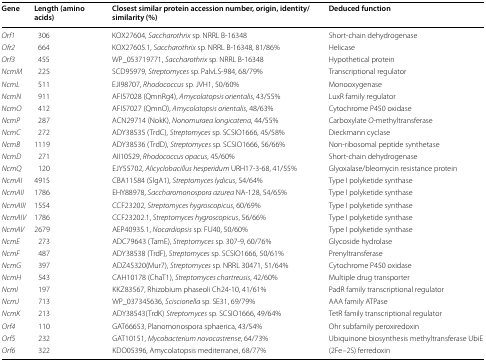
<table><thead><tr><td><b>Gene</b></td><td><b>Length (amino acids)</b></td><td><b>Closest similar protein accession number, origin, identity/similarity (%)</b></td><td><b>Deduced function</b></td></tr></thead><tbody><tr><td><i>Orf1</i></td><td>306</td><td>KOX27604, <i>Saccharothrix</i> sp. NRRL B-16348</td><td>Short-chain dehydrogenase</td></tr><tr><td><i>Ofr2</i></td><td>664</td><td>KOX27605.1, <i>Saccharothrix</i> sp. NRRL B-16348, 81/86%</td><td>Helicase</td></tr><tr><td><i>Orf3</i></td><td>455</td><td>WP_053719771, <i>Saccharothrix</i> sp. NRRL B-16348</td><td>Hypothetical protein</td></tr><tr><td><i>NcmM</i></td><td>225</td><td>SCD95979, <i>Streptomyces</i> sp. PalvLS-984, 68/79%</td><td>Transcriptional regulator</td></tr><tr><td><i>NcmL</i></td><td>511</td><td>EJI98707, <i>Rhodococcus</i> sp. JVH1, 50/60%</td><td>Monooxygenase</td></tr><tr><td><i>NcmN</i></td><td>911</td><td>AFI57028 (QmnRg4), <i>Amycolatopsis orientalis</i>, 43/55%</td><td>LuxR family regulator</td></tr><tr><td><i>NcmO</i></td><td>412</td><td>AFI57027 (QmnO), <i>Amycolatopsis orientalis</i>, 48/63%</td><td>Cytochrome P450 oxidase</td></tr><tr><td><i>NcmP</i></td><td>287</td><td>ACN29714 (NokK), <i>Nonomuraea longicatena</i>, 44/55%</td><td>Carboxylate <i>O</i>-methyltransferase</td></tr><tr><td><i>NcmC</i></td><td>272</td><td>ADY38535 (TrdC), <i>Streptomyces</i> sp. SCSIO1666, 45/58%</td><td>Dieckmann cyclase</td></tr><tr><td><i>NcmB</i></td><td>1119</td><td>ADY38536 (TrdD), <i>Streptomyces</i> sp. SCSIO1666, 56/66%</td><td>Non-ribosomal peptide synthetase</td></tr><tr><td><i>NcmD</i></td><td>271</td><td>AII10529, <i>Rhodococcus opacus</i>, 45/60%</td><td>Short-chain dehydrogenase</td></tr><tr><td><i>NcmQ</i></td><td>120</td><td>EJY55702, <i>Alicyclobacillus hesperidum</i> URH17-3-68, 41/55%</td><td>Glyoxalase/bleomycin resistance protein</td></tr><tr><td><i>NcmAI</i></td><td>4915</td><td>CBA11584 (SlgA1), <i>Streptomyces lydicus</i>, 54/64%</td><td>Type I polyketide synthase</td></tr><tr><td><i>NcmAII</i></td><td>1786</td><td>EHY88978, <i>Saccharomonospora azurea</i> NA-128, 54/65%</td><td>Type I polyketide synthase</td></tr><tr><td><i>NcmAIII</i></td><td>1554</td><td>CCF23202, <i>Streptomyces hygroscopicus</i>, 60/69%</td><td>Type I polyketide synthase</td></tr><tr><td><i>NcmAIV</i></td><td>1786</td><td>CCF23202.1, <i>Streptomyces hygroscopicus</i>, 56/66%</td><td>Type I polyketide synthase</td></tr><tr><td><i>NcmAV</i></td><td>2679</td><td>AEP40935.1, <i>Nocardiopsis</i> sp. FU40, 50/60%</td><td>Type I polyketide synthase</td></tr><tr><td><i>NcmE</i></td><td>273</td><td>ADC79643 (TamE), <i>Streptomyces</i> sp. 307-9, 60/76%</td><td>Glycoside hydrolase</td></tr><tr><td><i>NcmF</i></td><td>487</td><td>ADY38538 (TrdF), <i>Streptomyces</i> sp. SCSIO1666, 50/61%</td><td>Prenyltransferase</td></tr><tr><td><i>NcmG</i></td><td>397</td><td>ADZ45320(Mur7), <i>Streptomyces</i> sp. NRRL 30471, 51/64%</td><td>Cytochrome P450 oxidase</td></tr><tr><td><i>NcmH</i></td><td>543</td><td>CAH10178 (ChaT1), <i>Streptomyces chartreusis</i>, 42/60%</td><td>Multiple drug transporter</td></tr><tr><td><i>NcmI</i></td><td>197</td><td>KKZ83567, Rhizobium phaseoli Ch24-10, 41/61%</td><td>PadR family transcriptional regulator</td></tr><tr><td><i>NcmJ</i></td><td>713</td><td>WP_037345636, <i>Sciscionella</i> sp. SE31, 69/79%</td><td>AAA family ATPase</td></tr><tr><td><i>NcmK</i></td><td>213</td><td>ADY38543(TrdK) <i>Streptomyces</i> sp. SCSIO1666, 49/64%</td><td>TetR family transcriptional regulator</td></tr><tr><td><i>Orf4</i></td><td>110</td><td>GAT66653, Planomonospora sphaerica, 43/54%</td><td>Ohr subfamily peroxiredoxin</td></tr><tr><td><i>Orf5</i></td><td>232</td><td>GAT10151, <i>Mycobacterium novocastrense</i>, 64/73%</td><td>Ubiquinone biosynthesis methyltransferase UbiE</td></tr><tr><td><i>Orf6</i></td><td>322</td><td>KDO05396, Amycolatopsis mediterranei, 68/77%</td><td>(2Fe–2S) ferredoxin</td></tr></tbody></table>